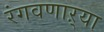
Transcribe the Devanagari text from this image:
रंगवणाऱ्या